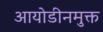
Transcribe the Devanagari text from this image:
आयोडीनमुक्त